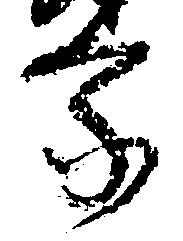
家